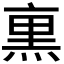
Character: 𭵜